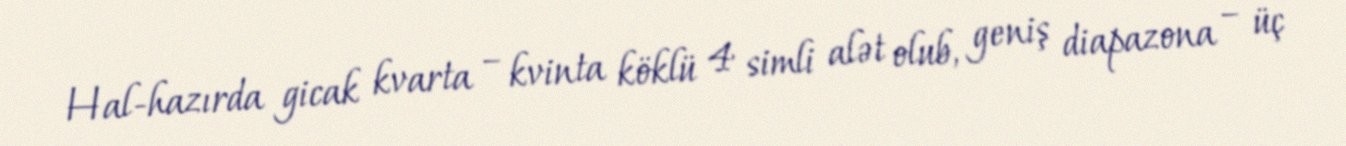
Hal-hazırda gicak kvarta – kvinta köklü 4 simli alət olub, geniş diapazona – üç